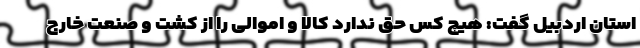
استان اردبیل گفت: هیچ کس حق ندارد کالا و اموالی را از کشت و صنعت خارج